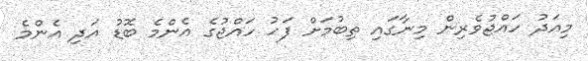
މިއަދު ހައްޖުވެރިން މިނާގައި ތިބުމަށް ފަހު ހައްޖުގެ އެންމެ ބޮޑު އަދި އެންމެ